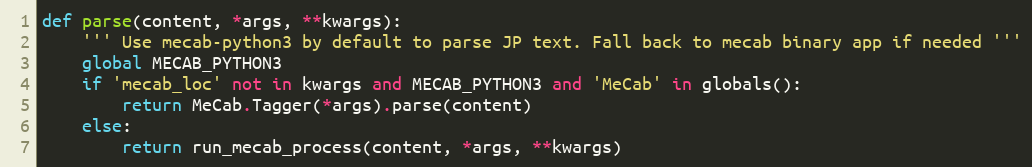
Language: Python
def parse(content, *args, **kwargs):
    ''' Use mecab-python3 by default to parse JP text. Fall back to mecab binary app if needed '''
    global MECAB_PYTHON3
    if 'mecab_loc' not in kwargs and MECAB_PYTHON3 and 'MeCab' in globals():
        return MeCab.Tagger(*args).parse(content)
    else:
        return run_mecab_process(content, *args, **kwargs)